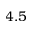
4 . 5